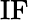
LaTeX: \mathrm{IF}